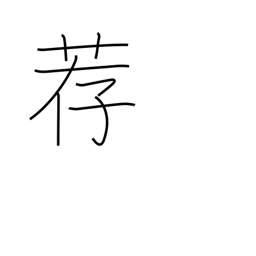
Meaning: mat